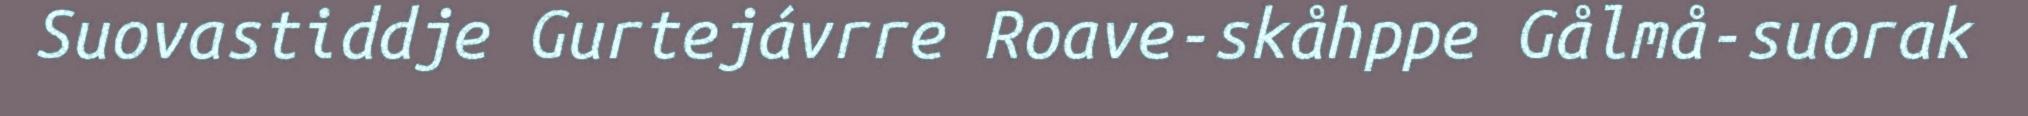
Suovastiddje Gurtejávrre Roave-skåhppe Gålmå-suorak